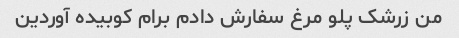
من زرشک پلو مرغ سفارش دادم برام کوبیده آوردین